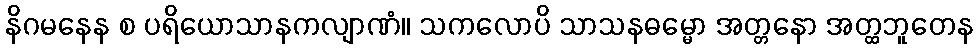
နိဂမနေန စ ပရိယောသာနကလျာဏံ။ သကလောပိ သာသနဓမ္မော အတ္တနော အတ္ထဘူတေန